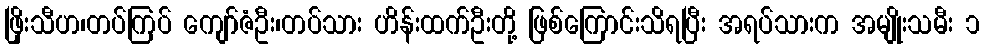
ဖြိုးသီဟ၊တပ်ကြပ် ကျော်ဇံဦး၊တပ်သား ဟိန်းထက်ဦးတို့ ဖြစ်ကြောင်းသိရပြီး အရပ်သားက အမျိုးသမီး ၁